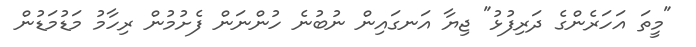
"މީތަ އަހަރެންގެ ދަރިފުޅު" ޖިޔާ އަނގައިން ނުބުނެ ހުންނަން ފެށުމުން ރިހާމު މަޑުމަޑުން